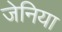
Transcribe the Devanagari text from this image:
जेनिया